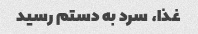
غذا، سرد به دستم رسید